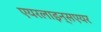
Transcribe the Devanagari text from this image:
एयरलाइन्सएयर